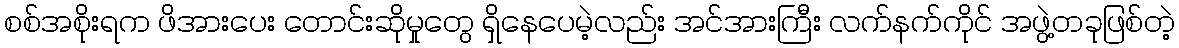
စစ်အစိုးရက ဖိအားပေး တောင်းဆိုမှုတွေ ရှိနေပေမဲ့လည်း အင်အားကြီး လက်နက်ကိုင် အဖွဲ့တခုဖြစ်တဲ့